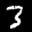
Label: 3